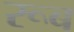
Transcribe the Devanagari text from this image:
रूब